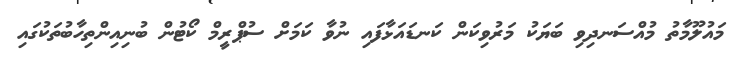
މައުލޫމާތު މުއްސަނދިވި ބަޔަކު މަރުވިކަން ކަނޑައަޅާފައި ނުވާ ކަމަށް ސުޕްރީމް ކޯޓުން ބުނިއިންތިހާބުތަކުގައި